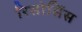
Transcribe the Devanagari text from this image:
रिसोर्सिस